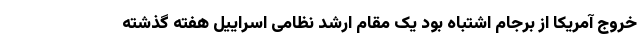
خروج آمریکا از برجام اشتباه بود یک مقام ارشد نظامی اسراییل هفته گذشته